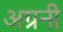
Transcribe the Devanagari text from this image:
अग्रनी